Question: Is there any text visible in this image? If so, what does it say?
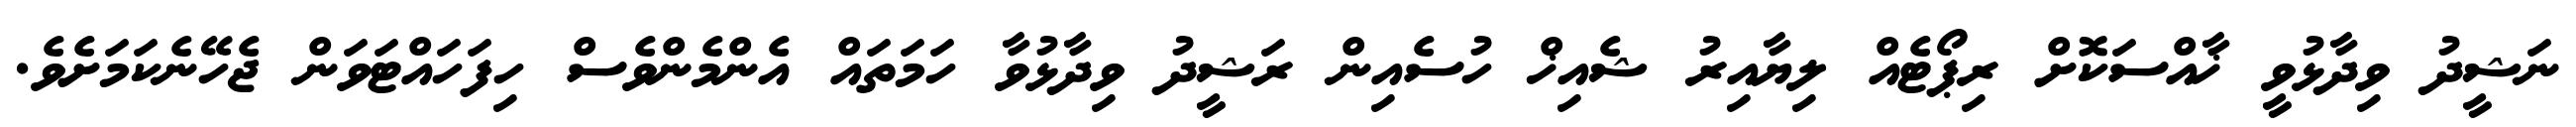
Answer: ނަޝީދު ވިދާޅުވީ ޚާއްސަކޮށް ރިޕޯޓެއް ލިޔާއިރު ޝެއިޚް ހުސެއިން ރަޝީދު ވިދާޅުވާ ހަމަތައް އެންމެންވެސް ހިފަހައްޓަވަން ޖެހޭނެކަމަށެވެ.